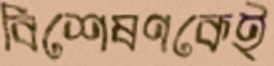
বিশেষণকেই